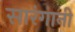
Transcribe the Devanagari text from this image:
सारंगानी